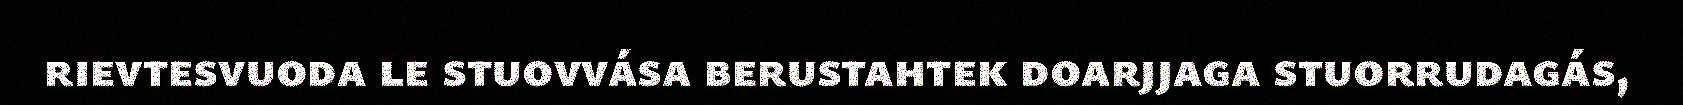
rievtesvuoda le stuovvása berustahtek doarjjaga stuorrudagás,